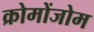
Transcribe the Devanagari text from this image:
क्रोमोंजोम